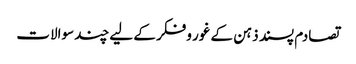
تصادم پسند ذہن کے غور وفکر کے لیے چند سوالات